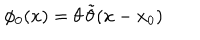
LaTeX: \phi _ { 0 } ( x ) = \theta \, \tilde { \theta } ( x - x _ { 0 } )